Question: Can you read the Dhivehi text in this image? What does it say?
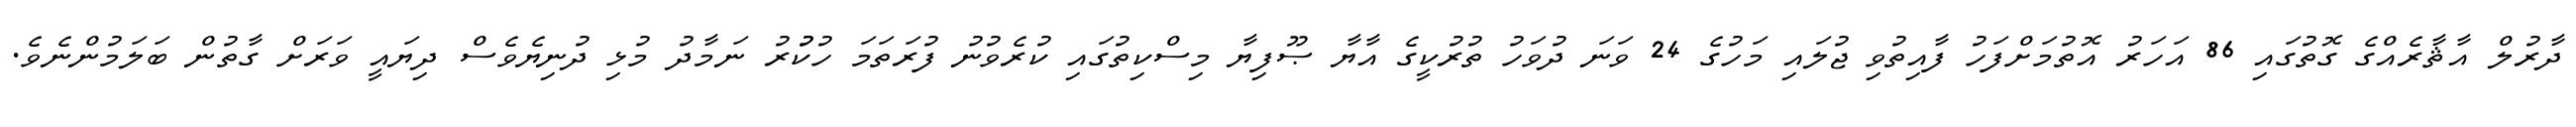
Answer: ދާރުލް އާޘާރެއްގެ ގޮތުގައި 86 އަހަރު އޮތުމަށްފަހު ފާއިތުވި ޖުލައި މަހުގެ 24 ވަނަ ދުވަހު ތުރުކީގެ އާޔާ ޞޫފިޔާ މިސްކިތުގައި ކުރެވުނު ފުރަތަމަ ހުކުުރު ނަމާދު މުޅި ދުނިޔެވެސް ދިޔައީ ވަރަށް ގާތުން ބަލަމުންނެވެ.